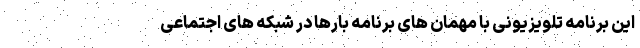
این برنامه تلویزیونی با مهمان های برنامه بارها در شبکه های اجتماعی